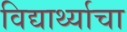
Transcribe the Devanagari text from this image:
विद्यार्थ्याचा